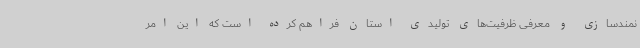
نمندسازی و معرفی ظرفیت‌های تولیدی استان فراهم کرده است که این امر